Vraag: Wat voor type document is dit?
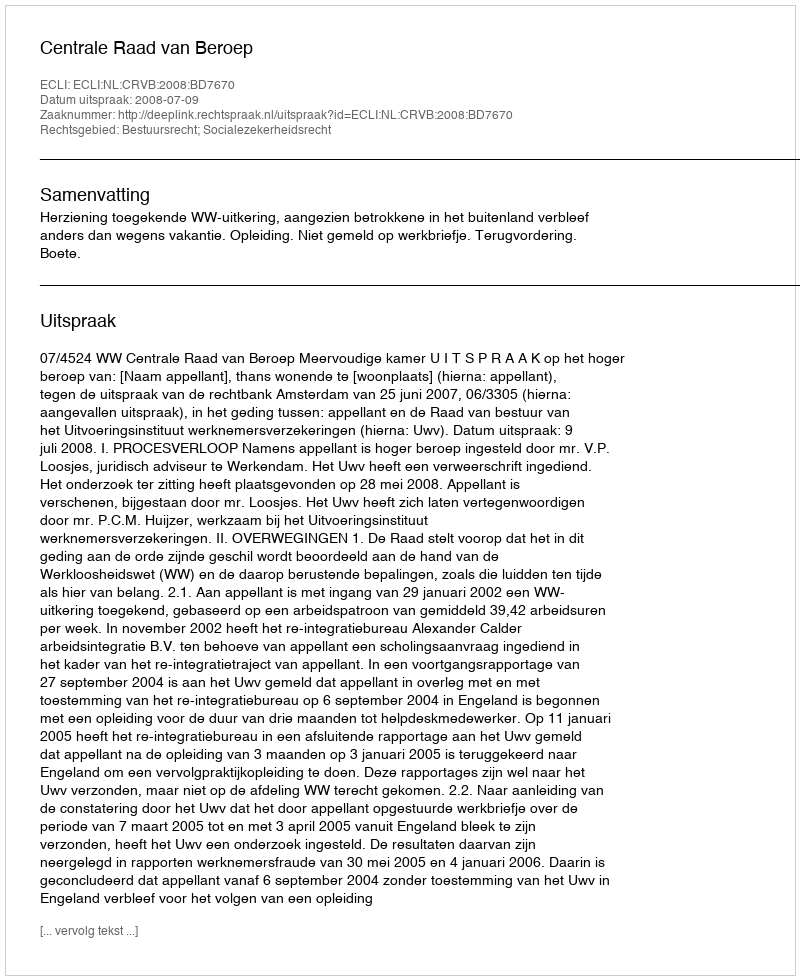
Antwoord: Uitspraak